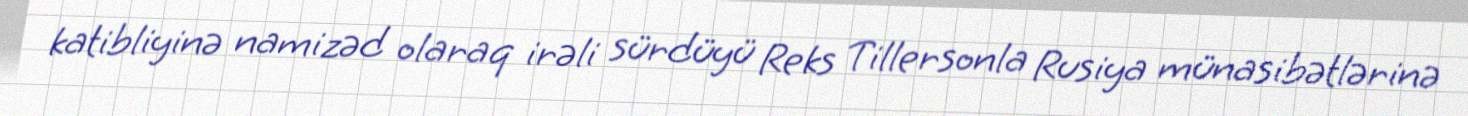
katibliyinə namizəd olaraq irəli sürdüyü Reks Tillersonla Rusiya münasibətlərinə